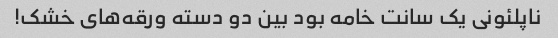
ناپلئونی یک سانت خامه بود بین دو دسته ورقه‌های خشک!